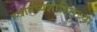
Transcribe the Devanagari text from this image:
स्वातंत्र्यशाहिराच्या